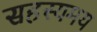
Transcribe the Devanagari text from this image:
सहस्यमय